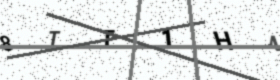
Text: 8TT1H4